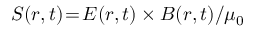
\boldsymbol { S } ( \boldsymbol { r } , t ) \! = \! \boldsymbol { E } ( \boldsymbol { r } , t ) \times \boldsymbol { B } ( \boldsymbol { r } , t ) / \mu _ { 0 }